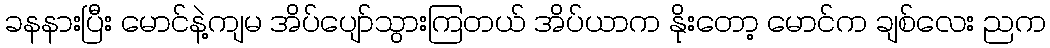
ခနနားပြီး မောင်နဲ့ကျမ အိပ်ပျော်သွားကြတယ် အိပ်ယာက နိုးတော့ မောင်က ချစ်လေး ညက